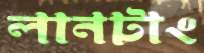
লানটাং